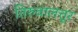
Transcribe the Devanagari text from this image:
तिरुवालत्तूर